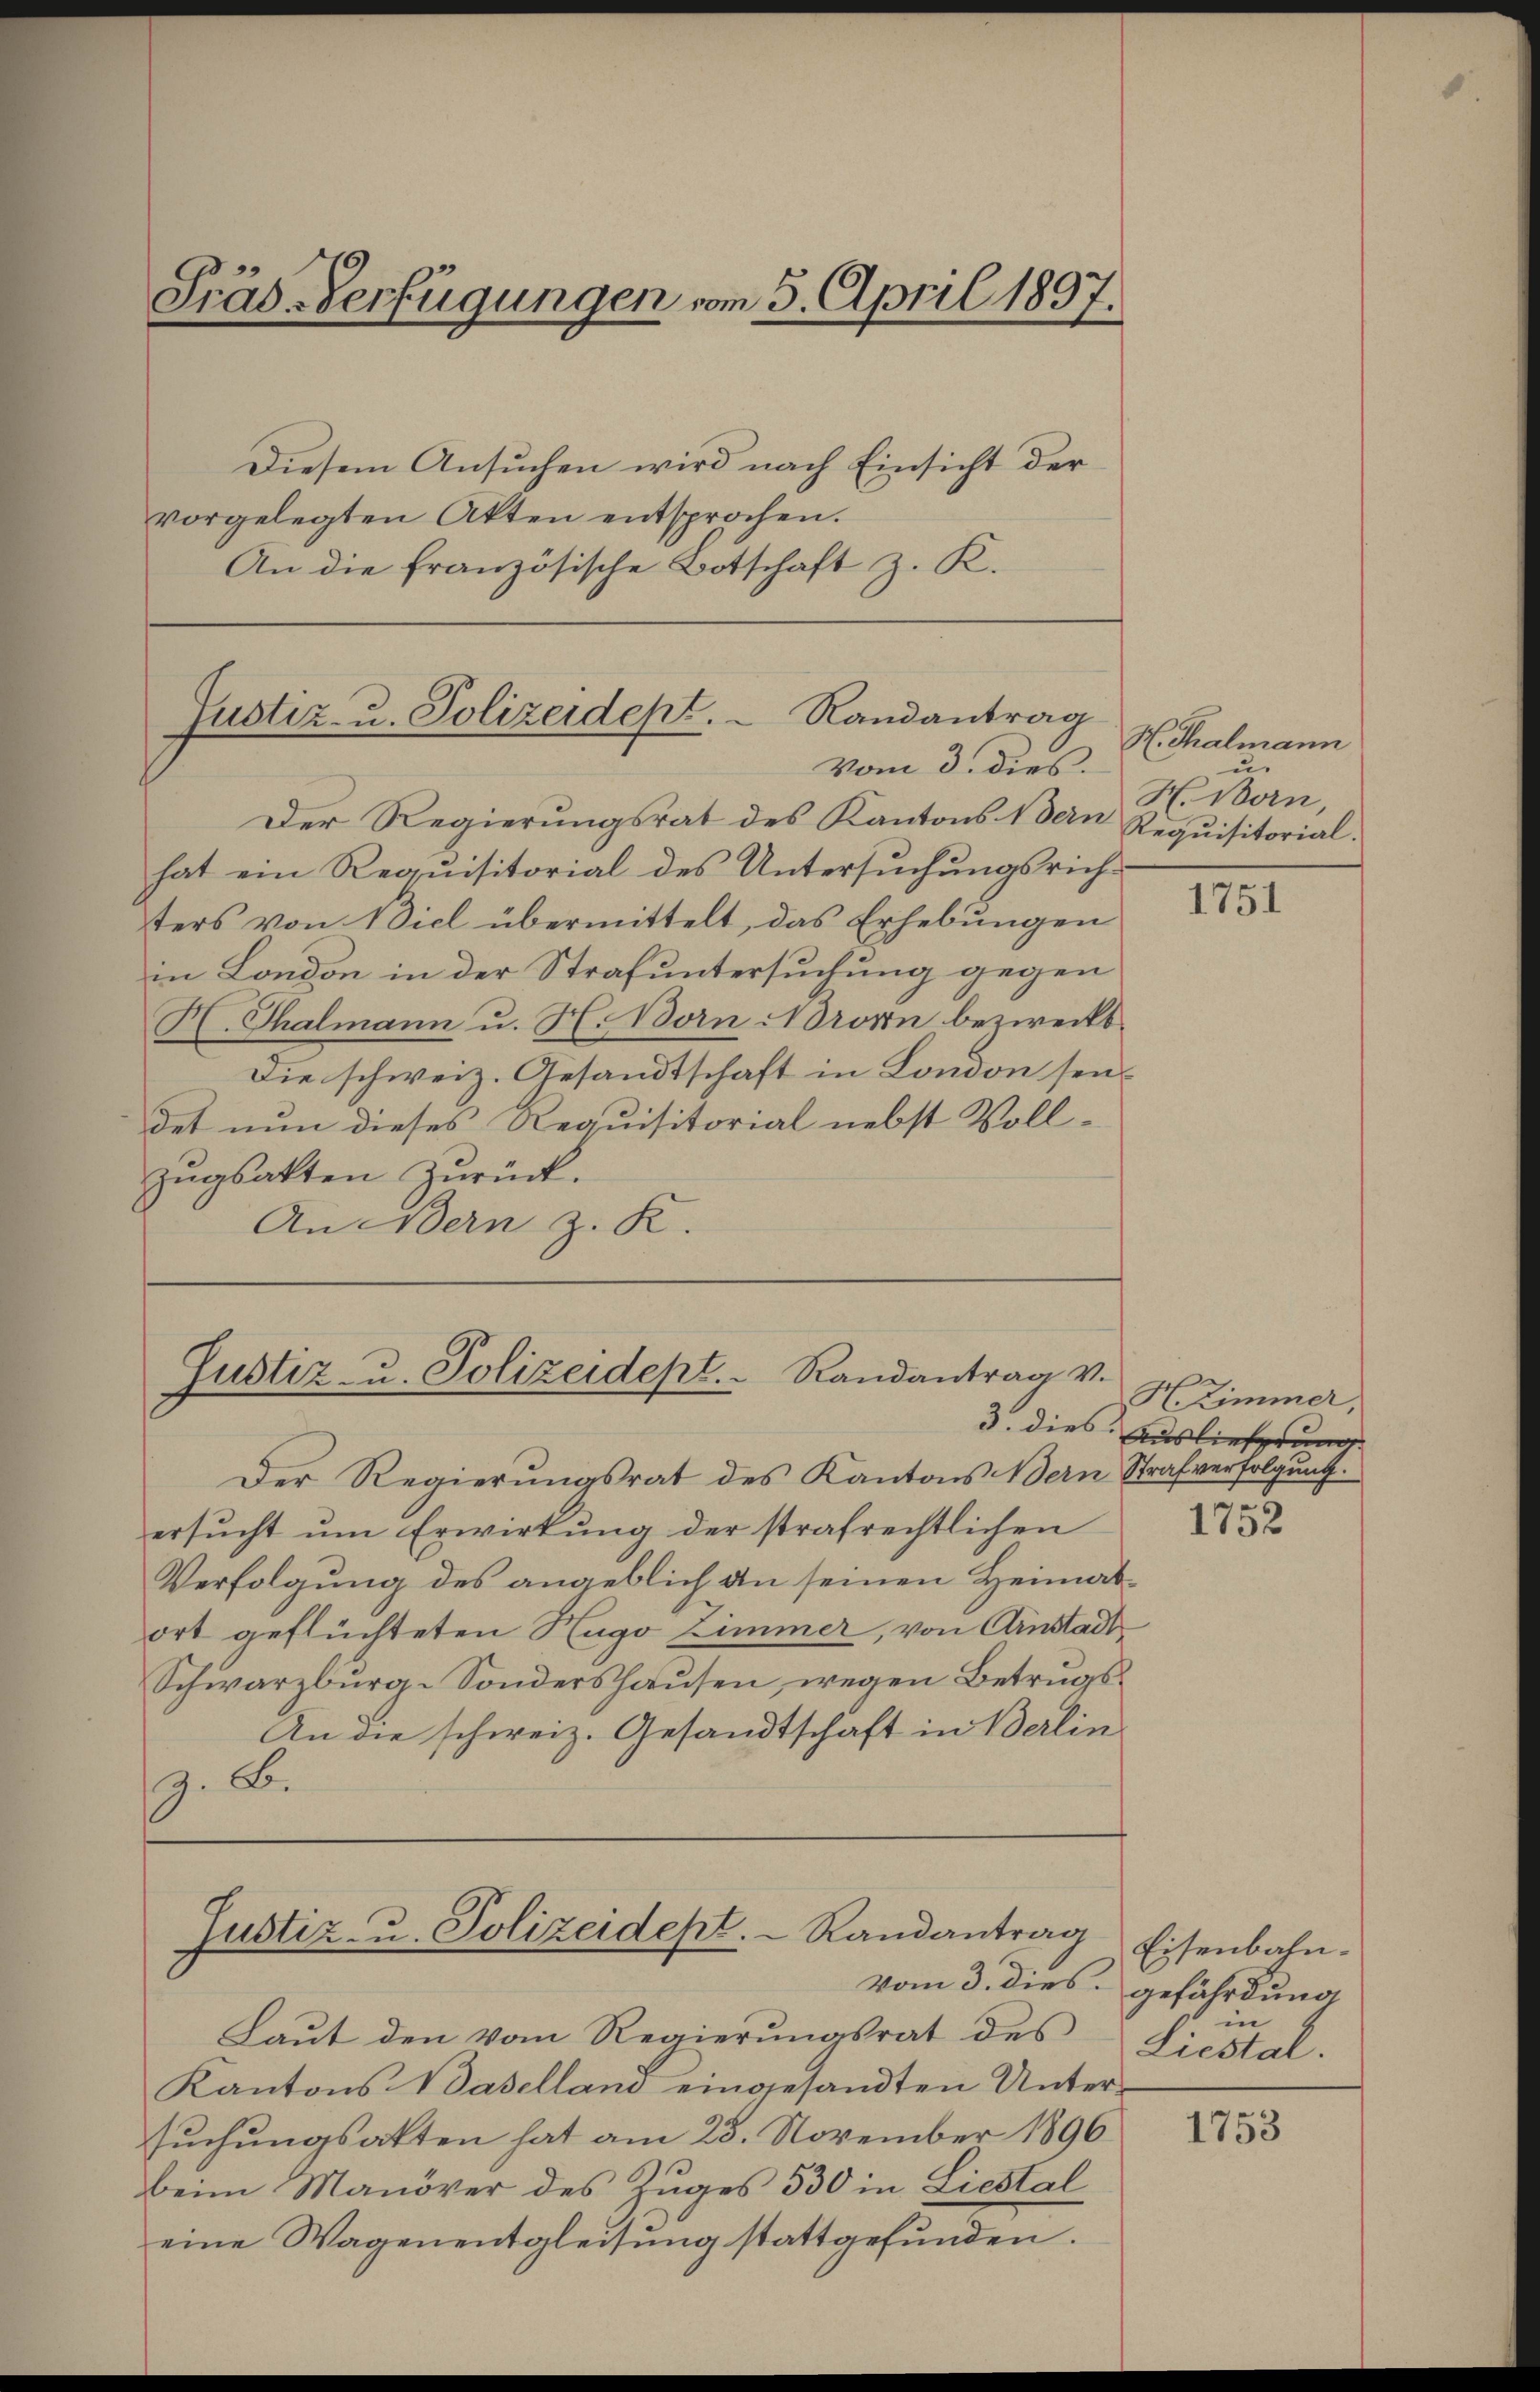
Präs-Verfügungen vom 5. April 1897.

Diesem Ansuchen wird nach Einsicht der
vorgelegten Akten entsprochen.
An die französische Botschaft z. K.

Der Regierungsrat des Kantons Nein Requisitorial.
hat ein Requisitorial des Untersuchungsrichters von Biel übermittelt, das Erhebungen
in London in der Strafuntersuchung gegen
H. Thalmann u. H. Born NNoronn bezweckt.
Die schweiz. Gesandtschaft in London seidet nun dieses Requisitorial nebst Vollzŭgsakten zŭrück.
An Bern z. K.

Justiz- u. Polizeidept.  Randantrag
vom 3. dies

Justiz- u. Polizeidept. Randantrag v.

Justiz- u. Polizeidept. Randantrag

H. Thalmann
u.
H. Born,

Der Regierungsrat des Kantons Bern Strafverfolgung.
ersŭcht ŭm Erwirkŭng der strafrechtlichen
Verfolgung des angeblich an seinen Heimatort geflüchteten Hugo Zimmer, von Ainstadt
Schwarzburg-Sondershausen, wegen Betrugs¬
An die schweiz. Gesandtschaft in Berlin
z. B.

Laut den vom Regierungsrat des
Kantons Waselland eingesandten Untersuchungsakten hat am 28. November 1896
beim Manöver des Zuges 530 in Liestal
eine Wagenentgleisŭng stattgefŭnden.

1751

H. Zimmer,
3. dies Auslieferung

1752

Eisenbahn-
vom 3. dies gefährdung
in
Liestal.

1753